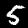
Digit: 5